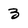
Character: 3